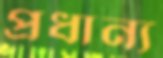
প্রধান্য